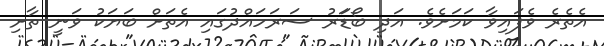
އެތެރެ ވެފައިވާ ކަމަށެވެ. އަދި ބޯޑަަރު ސަރަހައްދުގައި އެތަށް ބަޔަކު ވަނީ ތާށި